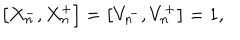
LaTeX: \left[ X _ { n } ^ { - } , X _ { n } ^ { + } \right] = \left[ V _ { n } ^ { - } , V _ { n } ^ { + } \right] = 1 ,